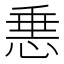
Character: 𢛲